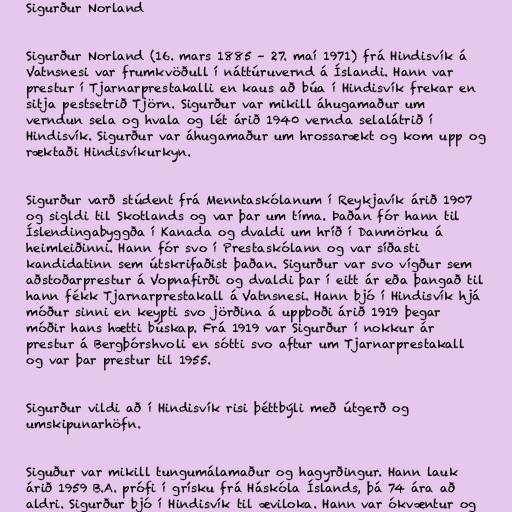
Sigurður Norland

Sigurður Norland (16. mars 1885 – 27. maí 1971) frá Hindisvík á
Vatnsnesi var frumkvöðull í náttúruvernd á Íslandi. Hann var
prestur í Tjarnarprestakalli en kaus að búa í Hindisvík frekar en
sitja pestsetrið Tjörn. Sigurður var mikill áhugamaður um
verndun sela og hvala og lét árið 1940 vernda selalátrið í
Hindisvík. Sigurður var áhugamaður um hrossarækt og kom upp og
ræktaði Hindisvíkurkyn.

Sigurður varð stúdent frá Menntaskólanum í Reykjavík árið 1907
og sigldi til Skotlands og var þar um tíma. Þaðan fór hann til
Íslendingabyggða í Kanada og dvaldi um hríð í Danmörku á
heimleiðinni. Hann fór svo í Prestaskólann og var síðasti
kandidatinn sem útskrifaðist þaðan. Sigurður var svo vígður sem
aðstoðarprestur á Vopnafirði og dvaldi þar í eitt ár eða þangað til
hann fékk Tjarnarprestakall á Vatnsnesi. Hann bjó í Hindisvík hjá
móður sinni en keypti svo jörðina á uppboði árið 1919 þegar
móðir hans hætti búskap. Frá 1919 var Sigurður í nokkur ár
prestur á Bergþórshvoli en sótti svo aftur um Tjarnarprestakall
og var þar prestur til 1955.

Sigurður vildi að í Hindisvík risi þéttbýli með útgerð og
umskipunarhöfn.

Siguður var mikill tungumálamaður og hagyrðingur. Hann lauk
árið 1959 B.A. prófi í grísku frá Háskóla Íslands, þá 74 ára að
aldri. Sigurður bjó í Hindisvík til æviloka. Hann var ókvæntur og